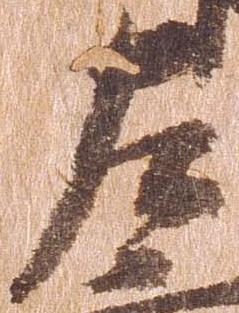
左